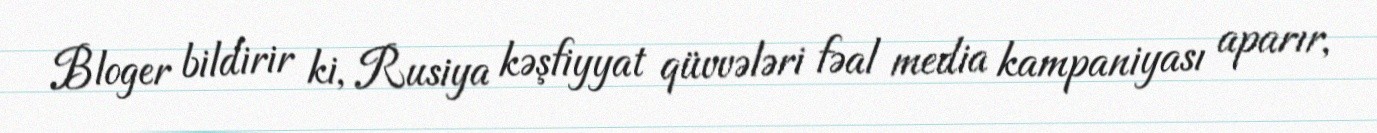
Bloger bildirir ki, Rusiya kəşfiyyat qüvvələri fəal media kampaniyası aparır,